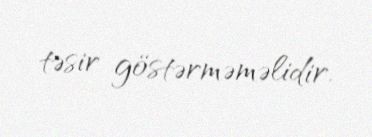
təsir göstərməməlidir.